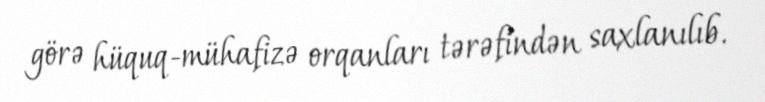
görə hüquq-mühafizə orqanları tərəfindən saxlanılıb.